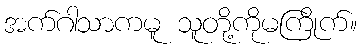
အက်ဂါသာကမူ သူတို့ကိုမကြိုက်။